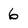
Character: 6